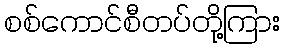
စစ်ကောင်စီတပ်တို့ကြား